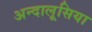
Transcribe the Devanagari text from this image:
अन्दालूसिया